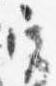
宮